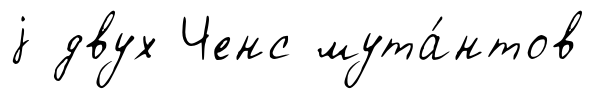
j двух Ченс мута́нтов